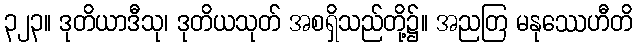
၃၂၃။ ဒုတိယာဒီသု၊ ဒုတိယသုတ် အစရှိသည်တို့၌။ အညတြ မနုဿေဟီတိ